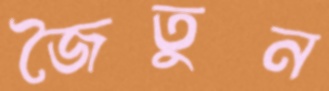
জৈতুন